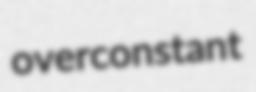
overconstant